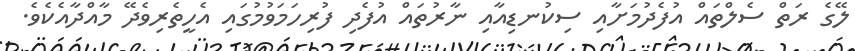
ލޭގެ ރަތް ސެލްތައް އުފެދުމަށާއި ސިކުނޑިއާއި ނާރުތައް އުފެދި ފުރިހަމަވުމުގައި އެހީތެރިވެދޭ މާއްދާއެކެވެ.